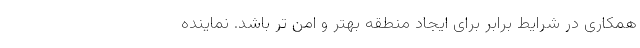
همکاری در شرایط برابر برای ایجاد منطقه بهتر و امن تر باشد. نماینده